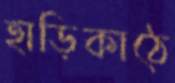
হাড়িকাঠে